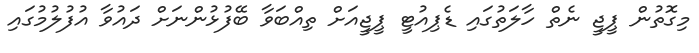
މިގޮތުން ޕީޖީ ނެތް ހާލަތުގައި ޑެޕިއުޓީ ޕީޖީއަށް ތިއްބަވާ ބޭފުޅުންނަށް ދައުވާ އުފުލުމުގައި